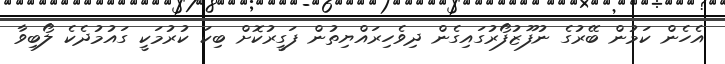
އެހެން ކަމުން ބޭރުގެ ނުފޫޒުފޯރުގައިގެން ދިވެހިރައްޔިތުން ފަގީރުކޮށް ބިކަ ކުރުމަކީ ގައުމުދެކެ ލޯބިވާ